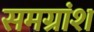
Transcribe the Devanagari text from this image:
समग्रांश